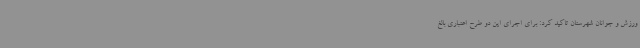
ورزش و جوانان شهرستان تاکید کرد: برای اجرای این دو طرح اعتباری بالغ